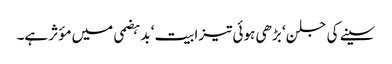
سینے کی جلن‘ بڑھی ہوئی تیزابیت‘ بدہضمی میں مؤثر ہے۔